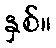
နှစ်။